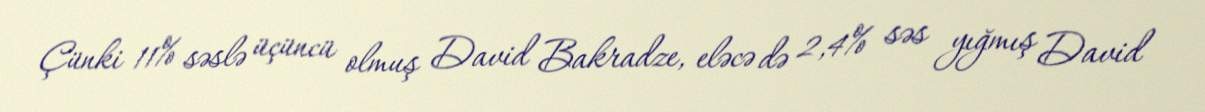
Çünki 11% səslə üçüncü olmuş David Bakradze, eləcə də 2,4% səs yığmış David